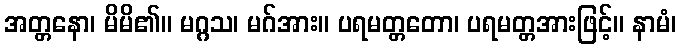
အတ္တနော၊ မိမိ၏။ မဂ္ဂသ၊ မဂ်အား။ ပရမတ္တတော၊ ပရမတ္တအားဖြင့်။ နာမံ၊